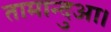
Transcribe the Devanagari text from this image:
तामान्दुआ।